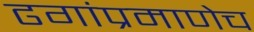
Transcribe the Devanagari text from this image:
ढगांप्रमाणेच